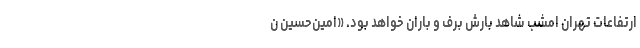
ارتفاعات تهران امشب شاهد بارش برف و باران خواهد بود. «امین‌حسین ن